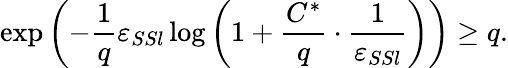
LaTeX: \exp\left(-\frac{1}{q}\varepsilon_{SSl}\log\left(1+\frac{C^{*}}{q}\cdot\frac{1}{\varepsilon_{SSl}}\right)\right)\geq q.